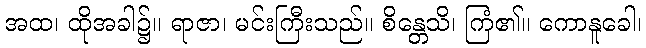
အထ၊ ထိုအခါ၌။ ရာဇာ၊ မင်းကြီးသည်။ စိန္တေသိ၊ ကြံ၏။ ကောနူခေါ၊